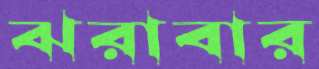
ঝরাবার